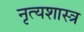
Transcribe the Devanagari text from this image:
नृत्‍यशास्‍त्र